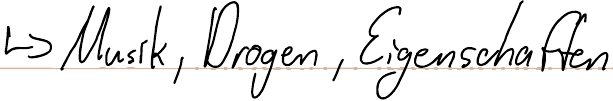
-> Musik, Drogen, Eigenschaften